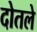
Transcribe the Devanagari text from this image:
दोतले